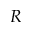
R